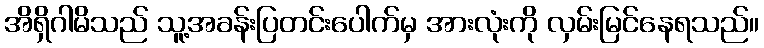
အိရှိဂါမိသည် သူ့အခန်းပြတင်းပေါက်မှ အားလုံးကို လှမ်းမြင်နေရသည်။